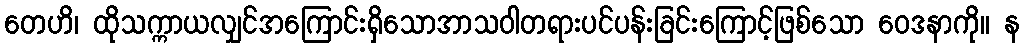
တေဟိ၊ ထိုသက္ကာယလျှင်အကြောင်းရှိသောအာသဝါတရားပင်ပန်းခြင်းကြောင့်ဖြစ်သော ဝေဒနာကို။ န